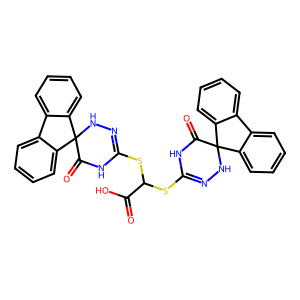
SMILES: O=C(O)C(SC1=NNC2(C(=O)N1)c1ccccc1-c1ccccc12)SC1=NNC2(C(=O)N1)c1ccccc1-c1ccccc12
Inhibits HIV replication: No